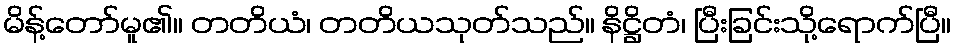
မိန့်တော်မူ၏။ တတိယံ၊ တတိယသုတ်သည်။ နိဋ္ဌိတံ၊ ပြီးခြင်းသို့ရောက်ပြီ။